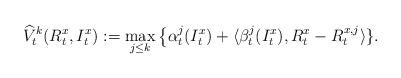
LaTeX: \begin{align*}\widehat{V}_{t}^{k}(R^x_t, I^x_t) := \max_{j \leq k}\big\{\alpha^j_{t}(I^x_t) + \langle\beta^j_{t}(I^x_t), R^x_t - R^{x,j}_t\rangle\}.\end{align*}